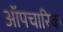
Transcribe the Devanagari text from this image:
ऑपचारिक